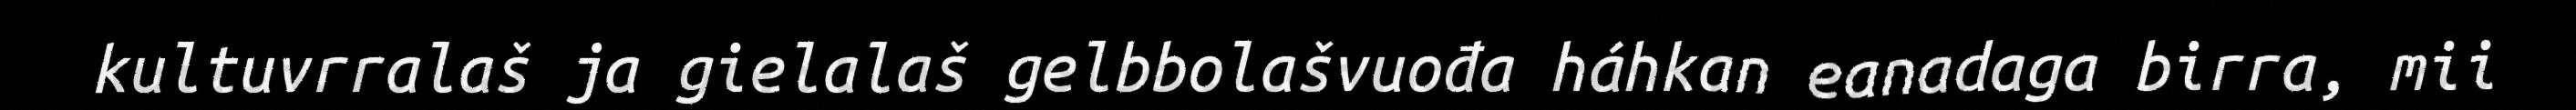
kultuvrralaš ja gielalaš gelbbolašvuođa háhkan eanadaga birra, mii